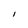
Character: l